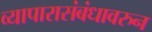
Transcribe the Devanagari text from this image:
व्यापारासंबंधावरुन